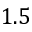
1 . 5